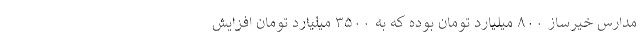
مدارس خیرساز ۸۰۰ میلیارد تومان بوده که به ۳۵۰۰ میلیارد تومان افزایش